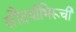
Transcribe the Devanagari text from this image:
सौंदर्याभिरूची